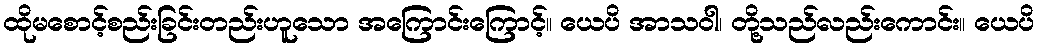
ထိုမစောင့်စည်းခြင်းတည်းဟူသော အကြောင်းကြောင့်။ ယေပိ အာသဝါ၊ တို့သည်လည်းကောင်း။ ယေပိ